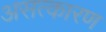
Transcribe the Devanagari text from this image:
असत्कारण